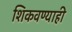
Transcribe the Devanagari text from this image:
शिकवण्याही